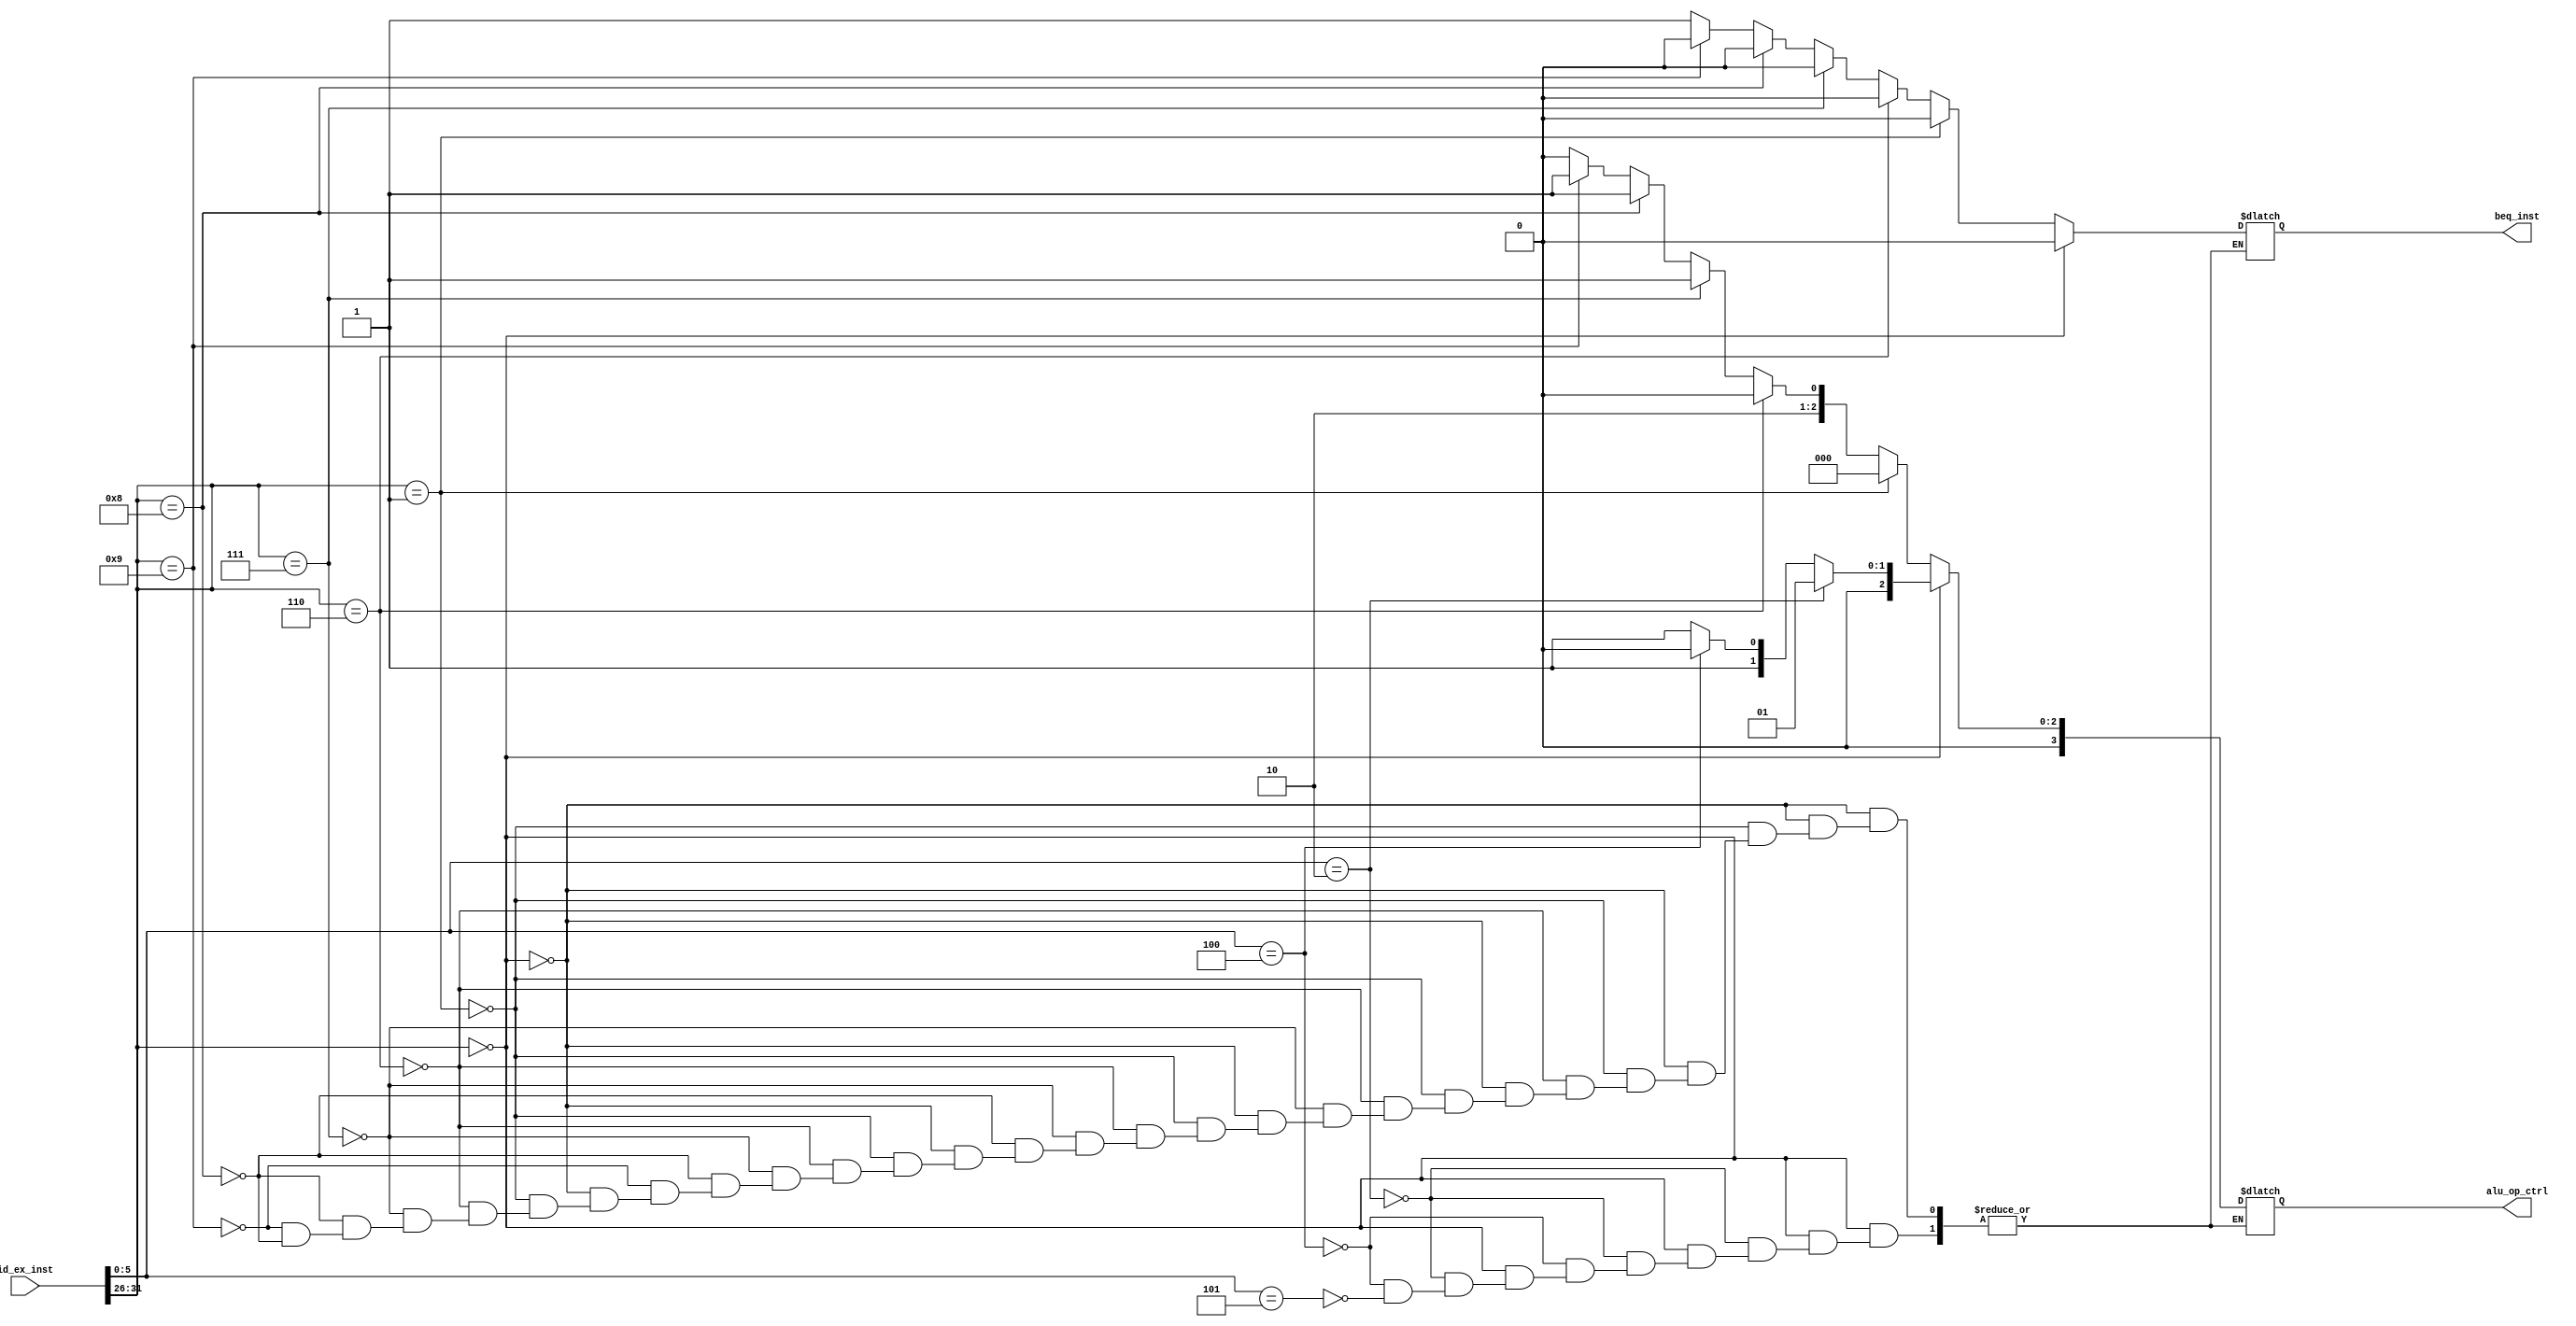
module ALU_CONTROLLER(
  input [31:0] id_ex_inst,
  output reg [3:0] alu_op_ctrl,
  output reg beq_inst
  );
  
  always@(*)
  begin
  if(id_ex_inst[31:26]==6'b000000)
  begin
      if(id_ex_inst[5:0]==6'b000010)  ////SLL
          begin
              alu_op_ctrl = 4'd1;
              beq_inst = 1'b0;
          end
      else if(id_ex_inst[5:0]==6'b000100)  ///XNOR
          begin
              alu_op_ctrl = 4'd2;
              beq_inst = 1'b0;
          end
      else if(id_ex_inst[5:0]==6'b000101)    ////NAND
          begin
              alu_op_ctrl = 4'd3;
              beq_inst = 1'b0;
          end
      else
      $display("INVALID INSTRUCTION");
  end
  else if(id_ex_inst[31:26]==6'b000001)  ///ORI
      begin
          alu_op_ctrl = 4'd0;
          beq_inst = 1'b0;
      end
  else if(id_ex_inst[31:26]==6'b000110)  ///SUBI
      begin
          alu_op_ctrl = 4'd4;
          beq_inst = 1'b0;
      end
  else if(id_ex_inst[31:26]==6'b000111)  ///ADDUI
      begin
          alu_op_ctrl = 4'd5;
          beq_inst = 1'b0;
      end
  else if(id_ex_inst[31:26]==6'b001000)  ///LH
      begin
          alu_op_ctrl = 4'd5;
          beq_inst = 1'b0;
      end
  else if(id_ex_inst[31:26]==6'b001001)  ///SB
      begin
          alu_op_ctrl = 4'd5;
          beq_inst = 1'b0;
      end
  else if(id_ex_inst[31:26]==6'b001000)  ///BNE
      begin
          alu_op_ctrl = 4'd4;
          beq_inst = 1'b1;
      end
                              // else if(id_ex_inst[31:26]==6'b001010)  ///JR
                              //     begin
                              //         alu_op_ctrl = 4'd5;
                              //     end
                              // else if(id_ex_inst[31:26]==6'b000010)  ///J
                              //     begin
                              //         alu_op_ctrl = 4'd5;
                              //     end
  else
      $display("INVALID INSTRUCTION");
  end
  
endmodule